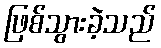
ဖြစ်သွားခဲ့သည်